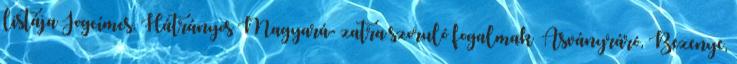
listája Jogcímcs. Hátrányos Magyará- zatra szoruló fogalmak ▪Ásványráró, Bezenye,